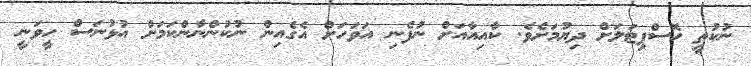
ނުކުތީ ހޮސްޕިޓަލަށް ދިޔުމަށެވެ. ކާއިއާއަށް ނުފެނި އަވަހަށް އެގެއިން ނުކުންނާންކަމަށް އުޅުނަސް ހީވަނީ